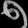
Digit: ၅